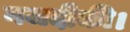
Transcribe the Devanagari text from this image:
नजदीकी।